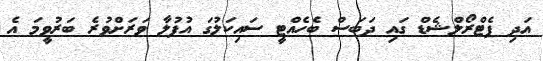
އަދި ޕެޓްރޯލްޝެޑް ގައި ދަބަސް ބެހެއްޓީ ސައިކަލުގަ އުފުލާ ވަރަށްވުރެ ބަރުވީމަ އެ